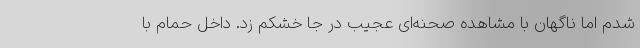
شدم اما ناگهان با مشاهده صحنه‌ای عجیب در جا خشکم زد. داخل حمام با